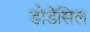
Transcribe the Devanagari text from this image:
डोडेसिल